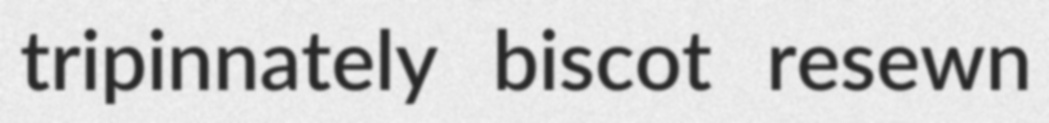
tripinnately biscot resewn